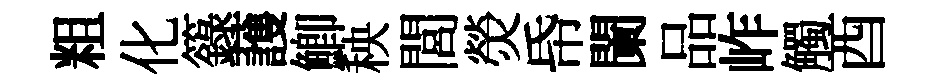
粗化籙䕶鯽秧閭熒帋闌品岞觸酉